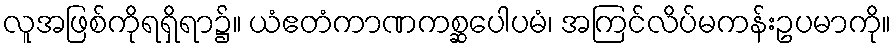
လူအဖြစ်ကိုရရှိရာ၌။ ယံဧတံကာဏကစ္ဆပေါပမံ၊ အကြင်လိပ်မကန်းဥပမာကို။